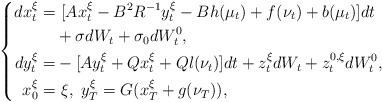
LaTeX: \begin{align*}\left\{\begin{aligned}dx_t^{\xi}=&~[Ax_t^{\xi}-B^2R^{-1}y_t^{\xi}-Bh(\mu_t)+f(\nu_t)+b(\mu_t)]dt\\&+\sigma dW_t+\sigma_0dW^0_t,\\dy_t^{\xi}=&-[Ay_t^{\xi}+Qx_t^{\xi}+Ql(\nu_t)]dt+z_t^{\xi}dW_t+z^{0,\xi}_tdW^0_t,\\x_0^{\xi}=&~\xi,~y_T^{\xi}=G(x_T^\xi+g(\nu_T)),\end{aligned}\right.\end{align*}